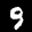
Label: 9